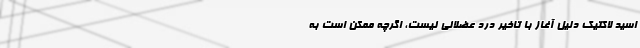
اسید لاکتیک دلیل آغاز با تاخیر درد عضلانی نیست، اگرچه ممکن است به